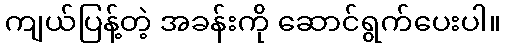
ကျယ်ပြန့်တဲ့ အခန်းကို ဆောင်ရွက်ပေးပါ။